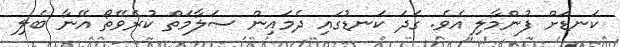
ކަނޑަށް ފުންމާލި އެވެ. ގަދަ ކަނޑުގައި ދެމައިން ސަލާމަތް ކުރެވޭތޯ އޭނާ ބެލި